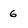
Character: 6